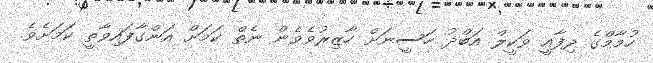
ހުމާމްގެ ދިފާއީ ވަކީލް އަބްދު ހަސީނަށް ހާޒިރުވެވެން ނެތް ކަމަށް އަންގާފައިވާތީ ކަމަށެވެ.